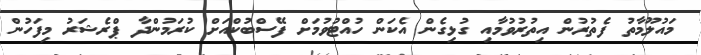
މައުލޫމާތު ފެތުރުން އިތުރުވުމާއި ގުޅިގެން އެކަން ހުއްޓުވުމަށް ފޭސްބުކްއަށް ކުރަމުންދާ ޕްރެޝަރު މިފަހުން